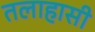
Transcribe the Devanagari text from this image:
तलाहासी